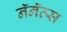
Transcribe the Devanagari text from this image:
नॅनॅत्स